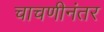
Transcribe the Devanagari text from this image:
चाचणीनंतर